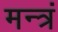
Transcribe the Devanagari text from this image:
मन्त्रं